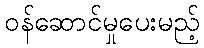
ဝန်ဆောင်မှုပေးမည့်